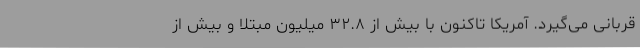
قربانی می‌گیرد. آمریکا تاکنون با بیش از ۳۲.۸ میلیون مبتلا و بیش از